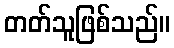
တတ်သူဖြစ်သည်။